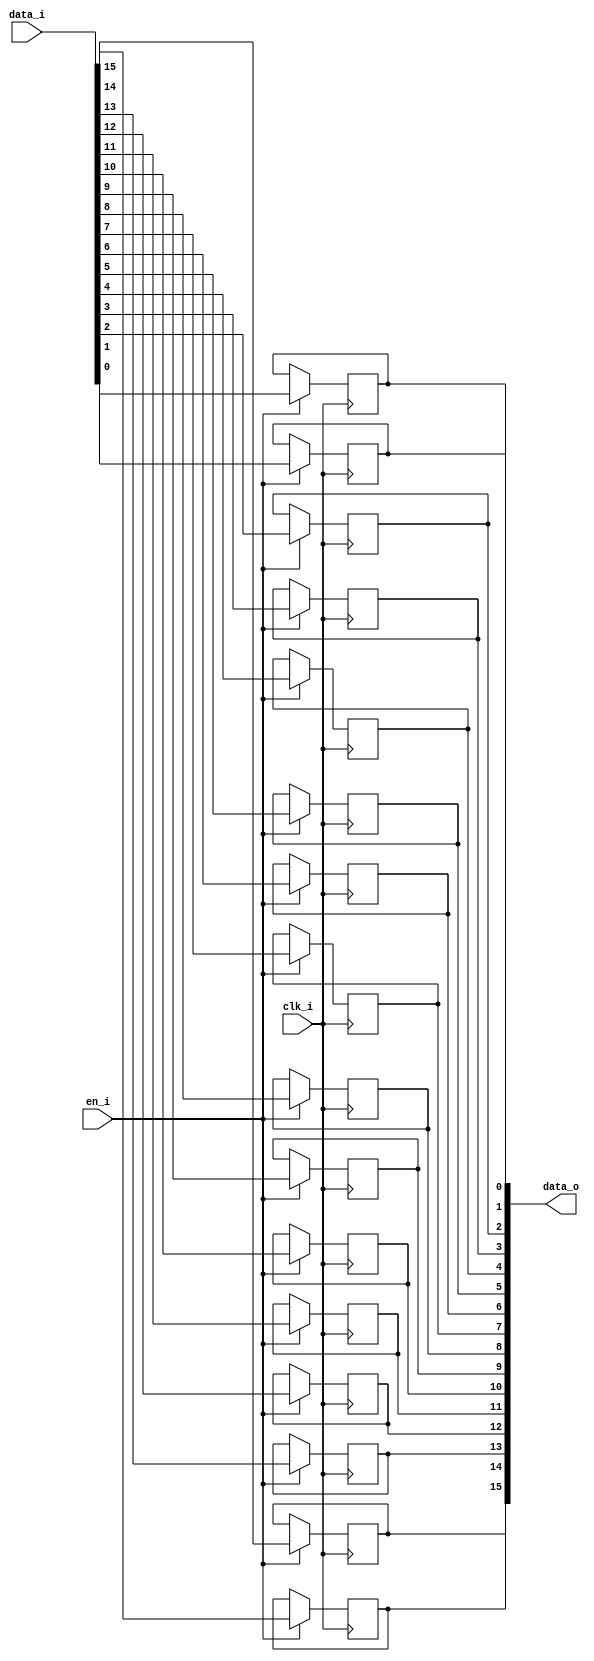
/* Generated by Yosys 0.27+9 (git sha1 101d19bb6, gcc 11.2.0-7ubuntu2 -fPIC -Os) */

(* top =  1  *)

module bsg_dff_en(clk_i, data_i, en_i, data_o);
  
  input clk_i;
  wire clk_i;
  
  input [15:0] data_i;
  wire [15:0] data_i;
  
  output [15:0] data_o;
  wire [15:0] data_o;
  
  reg [15:0] data_r;
  
  input en_i;
  wire en_i;
  (* \always_ff  = 32'd1 *)
  
  always @(posedge clk_i)
    if (en_i) data_r[0] <= data_i[0];
  (* \always_ff  = 32'd1 *)
  
  always @(posedge clk_i)
    if (en_i) data_r[1] <= data_i[1];
  (* \always_ff  = 32'd1 *)
  
  always @(posedge clk_i)
    if (en_i) data_r[2] <= data_i[2];
  (* \always_ff  = 32'd1 *)
  
  always @(posedge clk_i)
    if (en_i) data_r[3] <= data_i[3];
  (* \always_ff  = 32'd1 *)
  
  always @(posedge clk_i)
    if (en_i) data_r[4] <= data_i[4];
  (* \always_ff  = 32'd1 *)
  
  always @(posedge clk_i)
    if (en_i) data_r[5] <= data_i[5];
  (* \always_ff  = 32'd1 *)
  
  always @(posedge clk_i)
    if (en_i) data_r[6] <= data_i[6];
  (* \always_ff  = 32'd1 *)
  
  always @(posedge clk_i)
    if (en_i) data_r[7] <= data_i[7];
  (* \always_ff  = 32'd1 *)
  
  always @(posedge clk_i)
    if (en_i) data_r[8] <= data_i[8];
  (* \always_ff  = 32'd1 *)
  
  always @(posedge clk_i)
    if (en_i) data_r[9] <= data_i[9];
  (* \always_ff  = 32'd1 *)
  
  always @(posedge clk_i)
    if (en_i) data_r[10] <= data_i[10];
  (* \always_ff  = 32'd1 *)
  
  always @(posedge clk_i)
    if (en_i) data_r[11] <= data_i[11];
  (* \always_ff  = 32'd1 *)
  
  always @(posedge clk_i)
    if (en_i) data_r[12] <= data_i[12];
  (* \always_ff  = 32'd1 *)
  
  always @(posedge clk_i)
    if (en_i) data_r[13] <= data_i[13];
  (* \always_ff  = 32'd1 *)
  
  always @(posedge clk_i)
    if (en_i) data_r[14] <= data_i[14];
  (* \always_ff  = 32'd1 *)
  
  always @(posedge clk_i)
    if (en_i) data_r[15] <= data_i[15];
  assign data_o = data_r;
endmodule